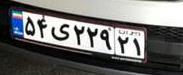
۵۴ی۲۲۹۲۱